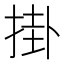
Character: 掛